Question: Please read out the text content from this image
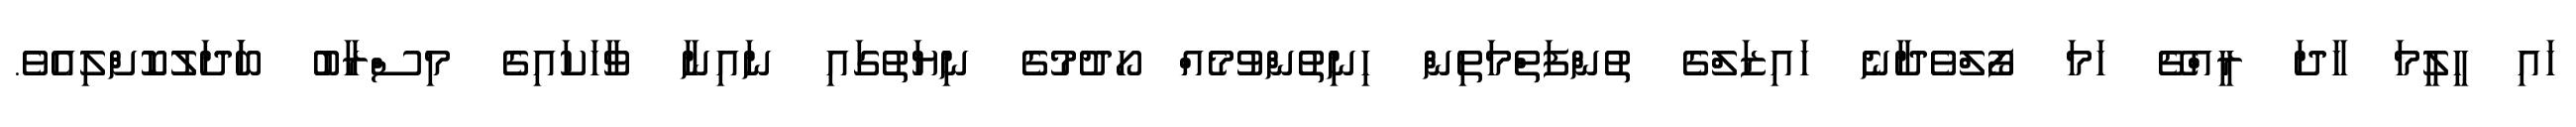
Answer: ހައި ހީލީމަ ހާދަ ރީއްޗޭ ހަމަ ފޯލްވެދާނެ ހައިޒަލްގެ ތުންފަތްމަތިން ހިނިތުންވުމެއް ހޯދުމުގެ ނިޔަތުގައި ނައިނާ ވާހަކައިގެ މިސްރާބު ބަަދަލުކޮށްލިއެވެ.